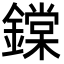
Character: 鏿